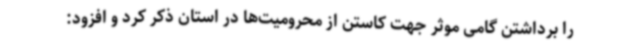
را برداشتن گامی موثر جهت کاستن از محرومیت‌ها در استان ذکر کرد و افزود: